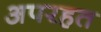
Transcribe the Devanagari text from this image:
अपरहत